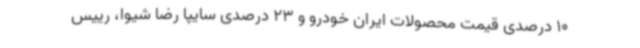
10 درصدی قیمت محصولات ایران خودرو و 23 درصدی سایپا رضا شیوا، رییس